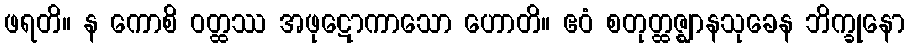
ဖရတိ။ န ကောစိ ဝတ္ထဿ အဖုဋောကာသော ဟောတိ။ ဧဝံ စတုတ္ထဇ္ဈာနသုခေန ဘိက္ခုနော